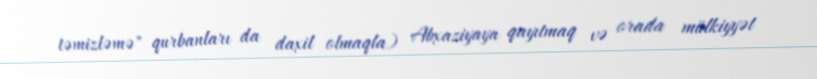
təmizləmə" qurbanları da daxil olmaqla) Abxaziyaya qayıtmaq və orada mülkiyyət